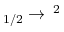
_ { 1 / 2 } \to \, ^ { 2 }